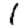
Digit: 1